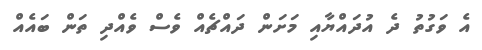
އެ ވަގުތު ދެ އުދައްޔާއި މަށަން ދައްޗެއް ވެސް ވެއްދި ތަން ބައެއް